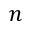
n